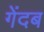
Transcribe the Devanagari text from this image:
गेंदब